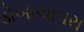
ડોબાચાપરા